Vaccination in Bombay 1913-1923 - 1913-1923
Year: 1913
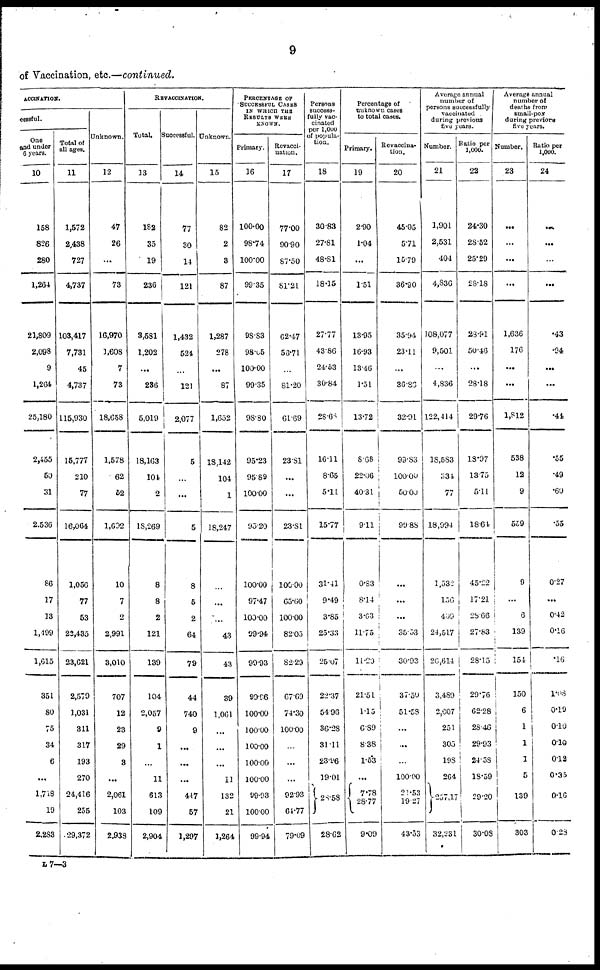
9
of Vaccination, etc.—continued.
ACCINATION.
cessful.
One
and under
6 years.
10
158
826
280
1,264
21,809
2,098
9
1,264
25,180
2,455
50
31
2,536
86
17
13
1,499
1,615
351
80
75
34
6
...
1,718
19
2,283
Total of
all ages.
11
1,572
2,438
727
4,737
103,417
7,731
45
4,737
115,930
15,777
210
77
16,064
1,056
77
53
22,435
23,621
2,579
1,031
311
317
193
270
24,416
255
29,372
Unknown.
12
47
26
...
73
16,970
1,608
7
73
18,658
1,578
62
52
1,692
10
7
2
2,991
3,010
707
12
23
29
3
...
2,061
103
2,938
REVACCINATION.
Total.
13
182
35
19
236
3,581
1,202
...
236
5,019
18,163
104
2
18,269
8
8
2
121
139
104
2,057
9
1
...
11
613
109
2,904
Successful.
14
77
30
14
121
1,432
524
...
121
2,077
5
...
...
5
8
5
2
64
79
44
740
9
...
...
...
447
67
1,297
Unknown.
15
82
2
3
87
1,287
278
...
87
1,652
18,142
104
1
18,247
...
...
...
43
43
39
1,061
...
...
...
11
132
21
1,264
PERCENTAGE OF
SUCCESSFUL CASES
IN WHICH THE
RESULTS WERE
KNOWN.
Primary.
16
100.00
98.74
100.00
99.35
98.83
98.05
100.00
99.35
98.80
95.23
95.89
100.00
95.20
100.00
97.47
100.00
99.94
99.93
99.96
100.00
100.00
100.00
100.00
100.00
99.93
100.00
99.94
Revacci-
nation.
17
77.00
90.90
87.50
81.21
62.47
56.71
...
81.20
61.69
23.81
...
...
23.81
100.00
65.60
100.00
82.05
82.29
67.69
74.30
100.00
...
...
...
92.9.
64.77
79.09
Persons
success-
fully vac-
cinated
per 1,000
of popula-
tion.
18
30.83
27.81
48.81
18.15
27.77
43.86
24.53
30.84
28.68
16.11
8.65
5.11
15.77
31.41
9.49
3.85
25.33
25.07
22.37
54.96
36.28
31.11
23.96
19.01
28.58
28.62
Percentage of
unknown cases
to total cases.
Primary.
19
2.90
1.04
...
1.51
13.95
16.93
13.46
1.51
13.72
8.68
22.06
40.31
9.11
0.83
8.14
3.63
11.75
11.20
21.51
1.15
6.89
8.38
1.53
...
7.78
28.77
9.09
Revaccina-
tion.
20
45.05
5.71
15.79
36.90
35.94
23.11
...
36.86
32.91
99.83
100.00
50.00
99.88
...
...
...
35.53
30.93
37.50
51.58
...
...
...
100.00
21.53
19.27
43.53
Average annual
number of
persons successfully
vaccinated
during previous
five years.
Number.
21
1,901
2,531
404
4,836
108,077
9,501
...
4,836
122,414
18,583
334
77
18,994
1,532
156
409
24,517
26,614
3,489
2,007
251
305
198
264
257,17
32,231
Ratio per
1,000.
22
24.30
28.52
25.29
28.18
28.91
50.46
...
28.18
29.76
18.97
13.75
5.11
18.64
45.22
17.21
28.66
27.83
28.15
29.76
62.28
28.46
29.93
24.58
18.59
29.20
30.08
Average annual
number of
deaths from
small-pox
during previous
five years.
Number.
23
...
...
...
...
1,636
176
...
...
1,812
538
12
9
559
9
...
6
139
154
150
6
1
1
1
5
139
303
Ratio per
1,000.
24
...
...
...
...
.43
.94
...
...
.44
.55
.49
.60
.55
0.27
...
0.42
0.16
.16
1.08
0.19
0.10
0.10
0.12
0.35
0.16
0.28
L 7—3